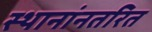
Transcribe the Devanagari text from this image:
स्थानांनतरित